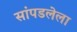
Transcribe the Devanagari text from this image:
सांपडलेला